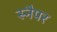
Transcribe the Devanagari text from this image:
स्नैपर